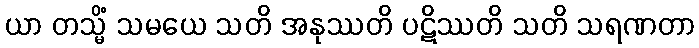
ယာ တသ္မိံ သမယေ သတိ အနုဿတိ ပဋိဿတိ သတိ သရဏတာ